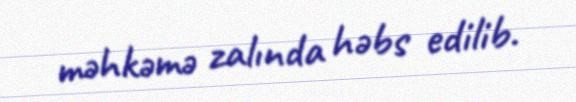
məhkəmə zalında həbs edilib.